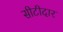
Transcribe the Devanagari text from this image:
सीटीदार